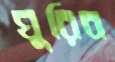
ঘুরিব